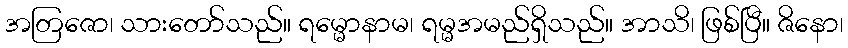
အတြဇော၊ သားတော်သည်။ ရမ္မောနာမ၊ ရမ္မအမည်ရှိသည်။ အာသိ၊ ဖြစ်ပြီ။ ဇိနော၊